Report on the working of the mental hospitals for Indians in Bihar and Orissa - 1925-1929
Year: 1925
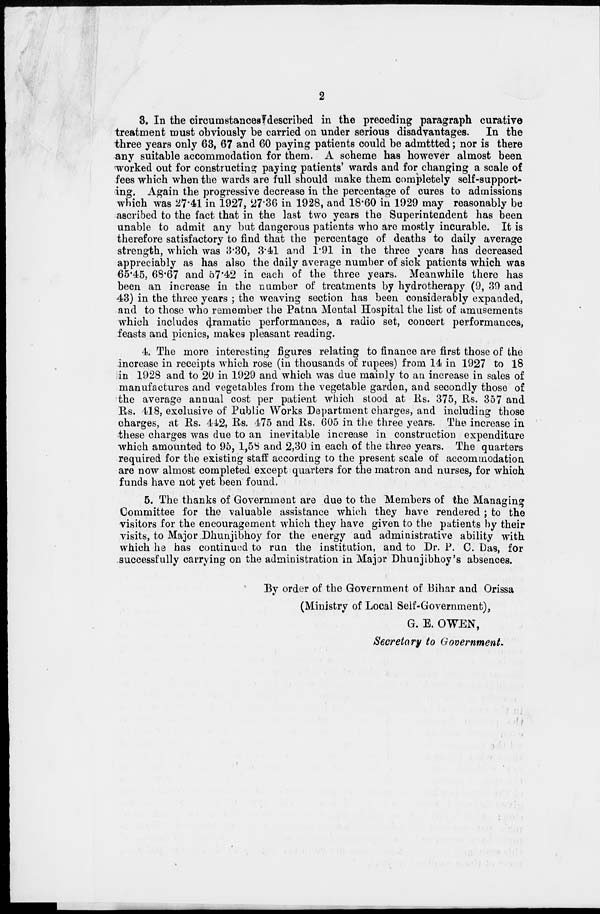
2
3. In the circumstances described in the preceding paragraph curative
treatment must obviously be carried on under serious disadvantages.
In the
three years only 63, 67 and 60 paying patients could be admitted ; nor is there
any suitable accommodation for them. A scheme has however almost been
worked out for constructing paying patients' wards and for changing a scale of
fees which when the wards are full should make them completely self-support-
ing. Again the progressive decrease in the percentage of cures to admissions
which was 27.41 in 1927, 27.36 in 1928, and 18.60 in 1929 may reasonably be
ascribed to the fact that in the last two years the Superintendent has been
unable to admit any but dangerous patients who are mostly incurable. It is
therefore satisfactory to find that the percentage of deaths to daily average
strength, which was 3.30, 3.41 and 1.91 in the three years has decreased
appreciably as has also the daily average number of sick patients which was
65.45, 68.67 and 57.42 in each of the three years. Meanwhile there has
been an increase in the number of treatments by hydrotherapy (9, 39 and
43) in the three years ; the weaving section has been considerably expanded,
and to those who remember the Patna Mental Hospital the list of amusements
which includes dramatic performances, a radio set, concert performances,
feasts and picnics, makes pleasant reading.
4. The more interesting figures relating to finance are first those of the
increase in receipts which rose (in thousands of rupees) from 14 in 1927 to 18
in 1928 and to 20 in 1929 and which was due mainly to an increase in sales of
manufactures and vegetables from the vegetable garden, and secondly those of
the average annual cost per patient which stood at Rs. 375, Rs. 357 and
Rs. 418, exclusive of Public Works Department charges, and including those
charges, at Rs. 442, Rs. 475 and Rs. 605 in the three years. The increase in
these charges was due to an inevitable increase in construction expenditure
which amounted to 95, 1,58 and 2,30 in each of the three years. The quarters
required for the existing staff according to the present scale of accommodation
are now almost completed except quarters for the matron and nurses, for which
funds have not yet been found.
5. The thanks of Government are due to the Members of the Managing
Committee for the valuable assistance which they have rendered ; to the
visitors for the encouragement which they have given to the patients by their
visits, to Major Dhunjibhoy for the energy and administrative ability with
which he has continued to run the institution, and to Dr. P. C. Das, for
successfully carrying on the administration in Major Dhunjibhoy's absences.
By order of the Government of Bihar and Orissa
(Ministry of Local Self-Government),
G. E. OWEN,
Secretary to Government.